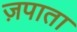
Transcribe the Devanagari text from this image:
ज़पाता